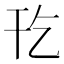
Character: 𫷔